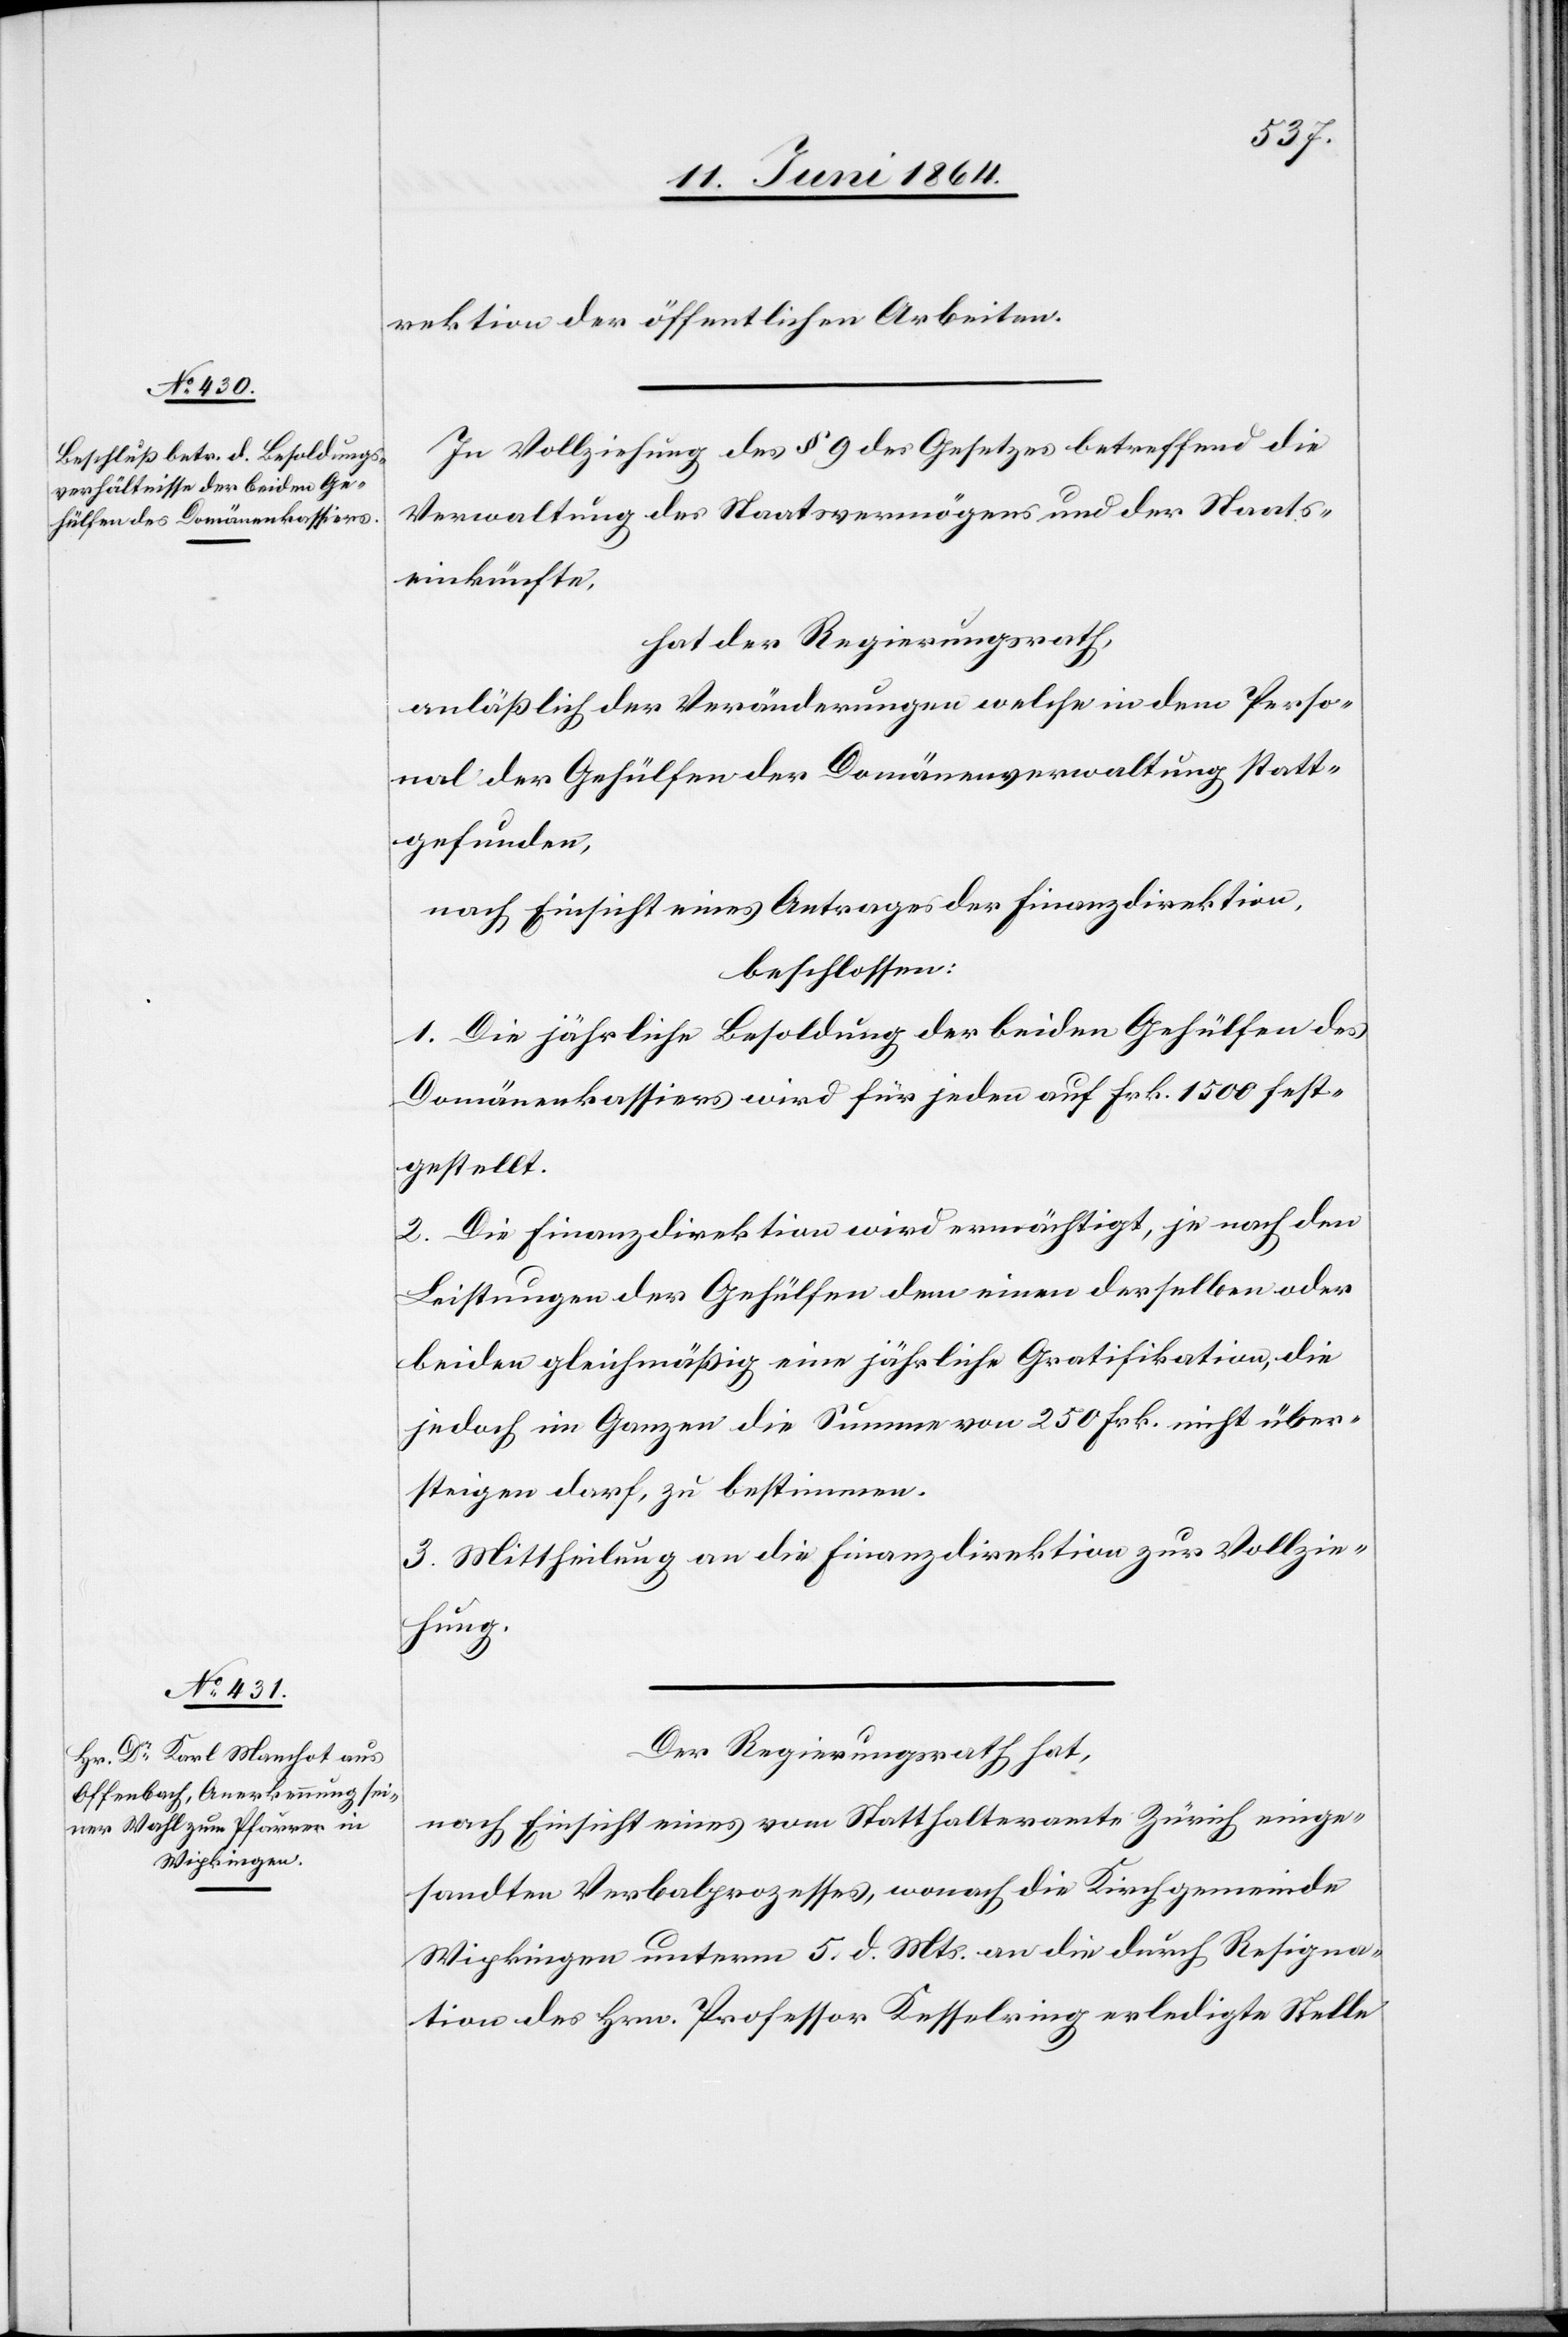
rektion der öffentlichen Arbeiten.
In Vollziehung des § 9 des Gesetzes betreffend die
Verwaltung des Staatsvermögens und der Staats¬
einkünfte,
hat der Regierungsrath,
anläßlich der Veränderungen welche in dem Perso¬
nal der Gehülfen der Domänenverwaltung statt¬
gefunden,
nach Einsicht eines Antrages der Finanzdirektion,
beschlossen:
1. Die jährliche Besoldung der beiden Gehülfen des
Domänenkassiers wird für jeden auf Frk. 1500 fest¬
gestellt.
2. Die Finanzdirektion wird ermächtigt, je nach den
Leistungen der Gehülfen dem einen derselben oder
beiden gleichmäßig eine jährliche Gratifikation, die
jedoch im Ganzen die Summe von 250 Frk. nicht über¬
steigen darf, zu bestimmen.
3. Mittheilung an die Finanzdirektion zur Vollzie¬
hung.
Der Regierungsrath hat,
nach Einsicht eines vom Statthalteramte Zürich einge¬
sandten Verbalprozesses, wonach die Kirchgemeinde
Wipkingen unterm 5. d. Mts. an die durch Resigna¬
tion des Hrn. Professor Kesselring erledigte Stelle